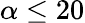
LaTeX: \alpha\leq 20